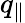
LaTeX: q_{\parallel}